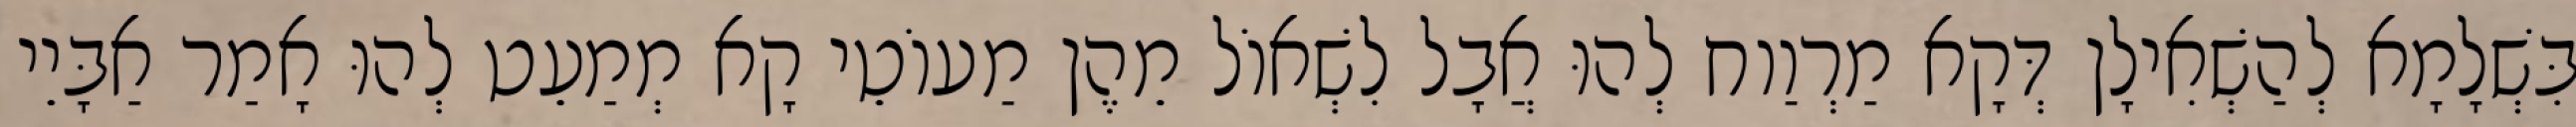
בִּשְׁלָמָא לְהַשְׁאִילָן דְּקָא מַרְוַוח לְהוּ אֲבָל לִשְׁאוֹל מֵהֶן מַעוֹטֵי קָא מְמַעֵט לְהוּ אָמַר אַבָּיֵי